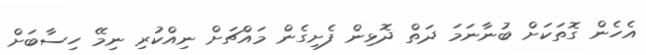
އެހެން ގޮތަކަށް ބުނާނަމަ ދަތް ދޮޅިން ފެށިގެން މައްޗަށް ނިއްކުރި ނިމޭ ހިސާބަށް